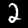
Label: 2